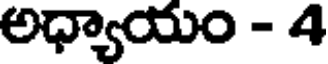
అధ్యాయం - 4